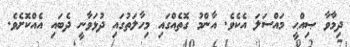
ދިމާވާ ޞިއްޙީ މައްސަލަ އެކެވެ. އާންމު ގޮތެއްގައި މިހާލަތުގައި ދުޅަވާނީ ދެބައި އެއްކޮށެވެ.